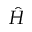
\hat { H }